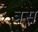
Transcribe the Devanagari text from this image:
त्रस